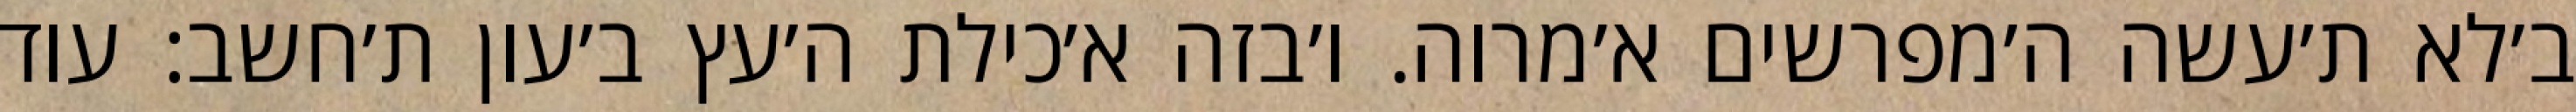
ב׳לא ת׳עשה ה׳מפרשים א׳מרוה. ו׳בזה א׳כילת ה׳עץ ב׳עון ת׳חשב: עוד